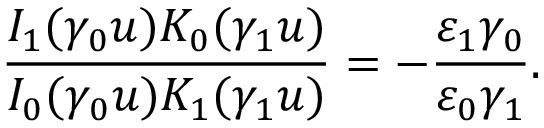
\frac { I _ { 1 } ( \gamma _ { 0 } u ) K _ { 0 } ( \gamma _ { 1 } u ) } { I _ { 0 } ( \gamma _ { 0 } u ) K _ { 1 } ( \gamma _ { 1 } u ) } = - \frac { \varepsilon _ { 1 } \gamma _ { 0 } } { \varepsilon _ { 0 } \gamma _ { 1 } } .